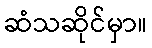
ဆံသဆိုင်မှာ။